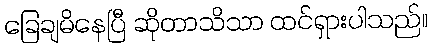
ခြေချမိနေပြီ ဆိုတာသိသာ ထင်ရှားပါသည်။